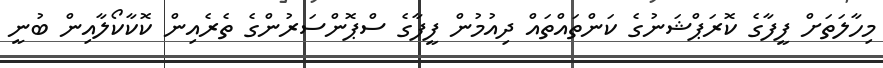
މިހާލަތަށް ފީފާގެ ކޮރަޕްޝަނުގެ ކަންތައްތައް ދިއުމުން ފީފާގެ ސްޕޮންސަރުންގެ ތެރެއިން ކޮކާކޯލާއިން ބުނީ